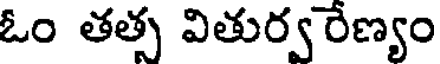
ఓం తత్స వితుర్వ రేణ్యం